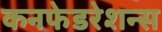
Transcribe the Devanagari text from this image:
कनफेडरेशन्स